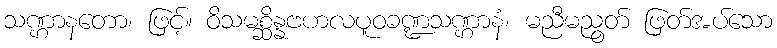
သဏ္ဌာနတော၊ ဖြင့်။ ဝိသမစ္ဆိန္နဗဟလပူဝခဏ္ဍသဏ္ဌာနံ၊ မညီမညွတ် ဖြတ်အပ်သော